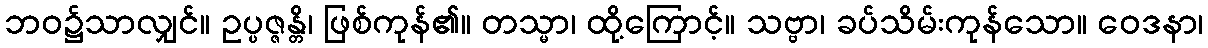
ဘဝ၌သာလျှင်။ ဥပ္ပဇ္ဇန္တိ၊ ဖြစ်ကုန်၏။ တသ္မာ၊ ထို့ကြောင့်။ သဗ္ဗာ၊ ခပ်သိမ်းကုန်သော။ ဝေဒနာ၊